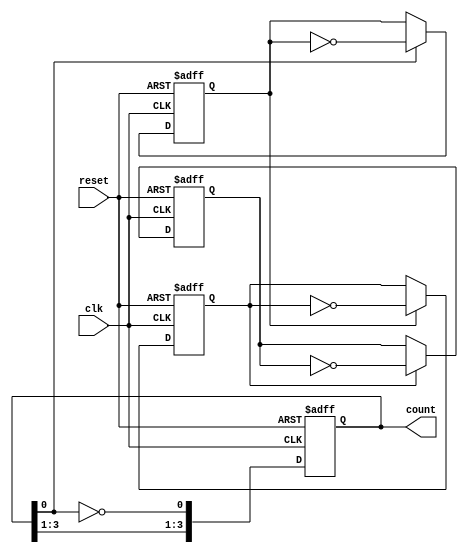
module async_ripple_counter #(
    parameter N = 4  // Number of bits in the counter
)(
    input wire clk,      // Clock input
    input wire reset,    // Asynchronous reset
    output reg [N-1:0] count // Counter output
);

// Always block triggered by the clock signal
always @(posedge clk or posedge reset) begin
    if (reset) begin
        count <= 0; // Reset the counter to zero
    end else begin
        count[0] <= ~count[0]; // Toggle the least significant bit (LSB)
    end
end

// Asynchronous toggling of the remaining bits
genvar i;
generate
    for (i = 1; i < N; i = i + 1) begin : ripple
        always @(posedge clk or posedge reset) begin
            if (reset) begin
                count[i] <= 0; // Reset the counter to zero
            end else begin
                if (count[i-1]) begin
                    count[i] <= ~count[i]; // Toggle the current bit if the previous bit is 1
                end
            end
        end
    end
endgenerate

endmodule